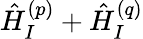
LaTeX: \hat{H}_{I}^{(p)}+\hat{H}_{I}^{(q)}